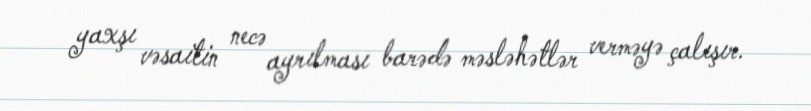
yaxşı vəsaitin necə ayrılması barədə məsləhətlər verməyə çalışır.